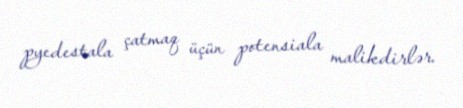
pyedestala çatmaq üçün potensiala malikdirlər.